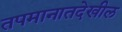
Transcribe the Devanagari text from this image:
तपमानातदेखील